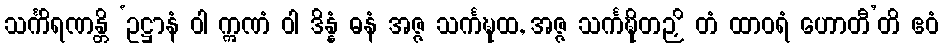
သင်္ကိရဏန္တိ ‘ဥဋ္ဌာနံ ဝါ ဣဏံ ဝါ ဒိန္နံ ဓနံ အဇ္ဇ သင်္ကဍ္ဎထ, အဇ္ဇ သင်္ကဍ္ဎိတဉှိ တံ ထာဝရံ ဟောတီ’တိ ဧဝံ